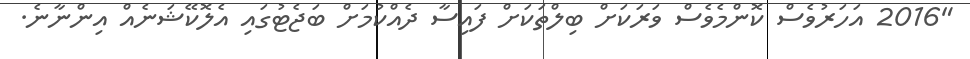
"2016 އަހަރުވެސް ކޮންމެވެސް ވަރަކަށް ބިލްތަކަށް ފައިސާ ދެއްކުމަށް ބަޖެޓުގައި އެލޮކޭޝަނެއް އިންނާނެ.